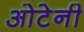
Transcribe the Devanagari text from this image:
ओटेनी